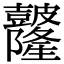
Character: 𥀼